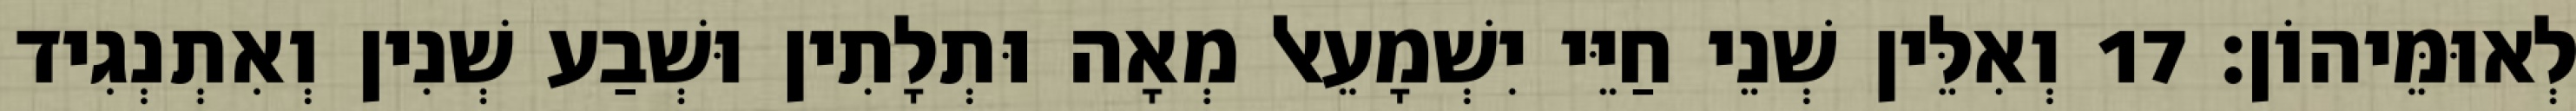
לְאוּמֵּיהוֹן׃ 17 וְאִלֵּין שְׁנֵי חַיֵּי יִשְׁמָעֵאל מְאָה וּתְלָתִין וּשְׁבַע שְׁנִין וְאִתְנְגִיד